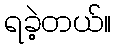
ရခဲ့တယ်။